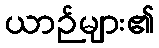
ယာဉ်များ၏